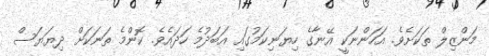
މަންޒިލް ތަކަށެވެ. އަހަންނަކީ އޭނާގެ ހިޔަނިކަމުގައި އަބަދުމެ ހަދައެވެ. ކޮންމެ ތަނަކަށް ދިޔަޔަސް